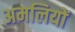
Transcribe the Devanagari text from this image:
अमलियों